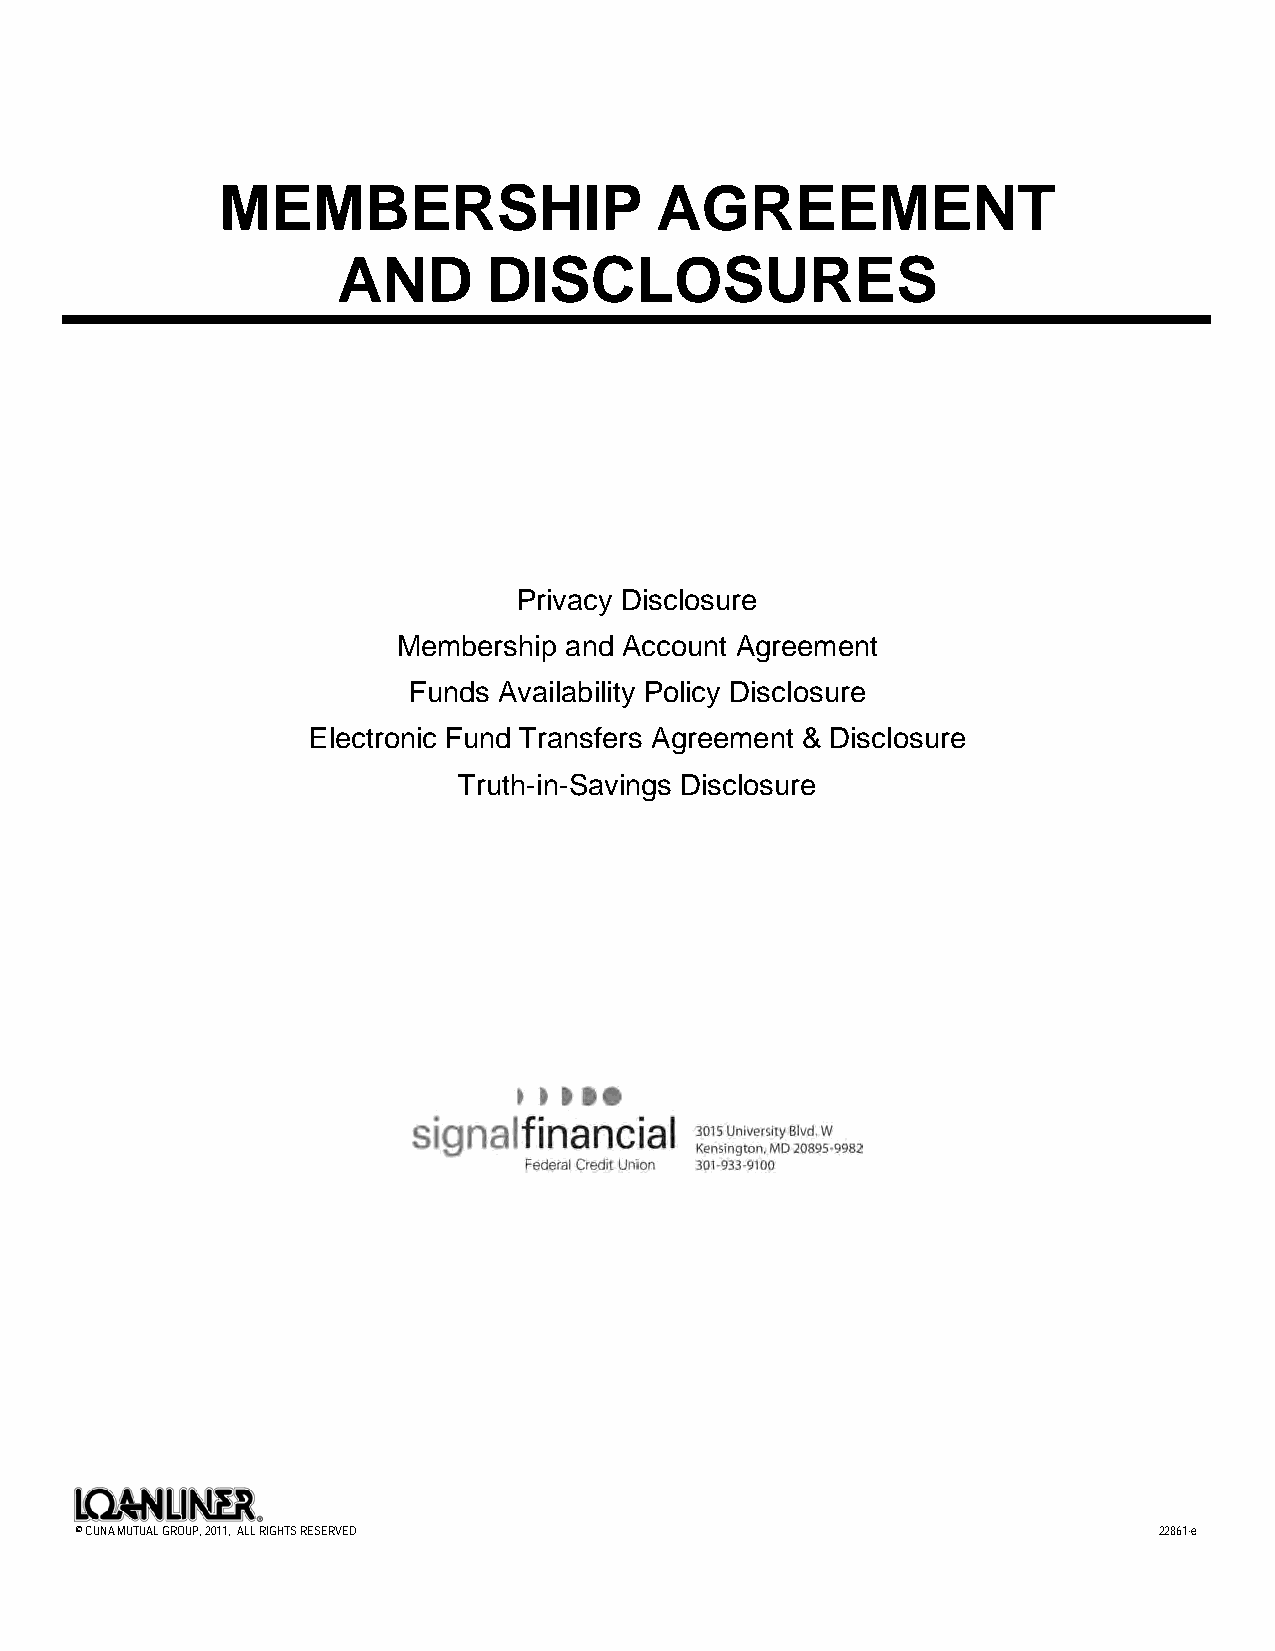
ME
 MEMBERSHIP                  AGREEMENT
 AND       DISCLOSURES
 Privacy Disclosure
 Membership and Account Agreement
 Funds Availability Policy Disclosure
 Electronic Fund Transfers Agreement & Disclosure
 Truth-in-Savings Disclosure
 © CUNA MUTUAL GROUP, 2011, ALL RIGHTS RESERVED                          22861-e